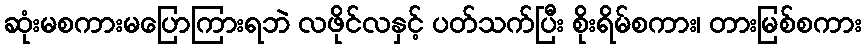
ဆုံးမစကားမပြောကြားရဘဲ လဖိုင်လနှင့် ပတ်သက်ပြီး စိုးရိမ်စကား၊ တားမြစ်စကား